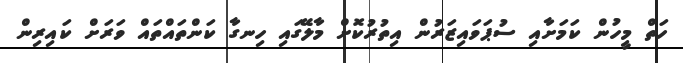
ހަތް މީހުން ކަމަށާއި ސުޕަވައިޒަރުން އިތުރުކޮށް މާލޭގައި ހިނގާ ކަންތައްތައް ވަރަށް ކައިރިން